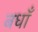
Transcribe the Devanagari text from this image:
बधाँ